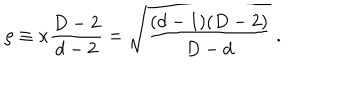
\rho \equiv \kappa { \frac { D - 2 } { d - 2 } } = \sqrt { \frac { ( d - 1 ) ( D - 2 ) } { D - d } } ~ .